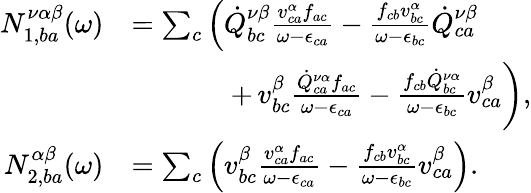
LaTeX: \begin{array}{rl}{N_{1,ba}^{\nu\alpha\beta}(\omega)}&{=\sum_{c}\left(\dot{Q}_{bc}^{\nu\beta}\frac{v_{ca}^{\alpha}f_{ac}}{\omega-\epsilon_{ca}}-\frac{f_{cb}v_{bc}^{\alpha}}{\omega-\epsilon_{bc}}\dot{Q}_{ca}^{\nu\beta}\right.}\\ &{\, \, \, \, \, \, \, \, \, \, \, \, \, \, \, \, \, \, \, \, \, +\left.v_{bc}^{\beta}\frac{\dot{Q}_{ca}^{\nu\alpha}f_{ac}}{\omega-\epsilon_{ca}}-\frac{f_{cb}\dot{Q}_{bc}^{\nu\alpha}}{\omega-\epsilon_{bc}}v_{ca}^{\beta}\right)\mathrm{,}}\\ {N_{2,ba}^{\alpha\beta}(\omega)}&{=\sum_{c}\left(v_{bc}^{\beta}\frac{v_{ca}^{\alpha}f_{ac}}{\omega-\epsilon_{ca}}-\frac{f_{cb}v_{bc}^{\alpha}}{\omega-\epsilon_{bc}}v_{ca}^{\beta}\right)\mathrm{.}}\end{array}